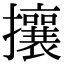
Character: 攘